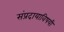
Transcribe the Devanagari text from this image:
संप्रदायाविषयी